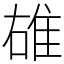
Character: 䧺